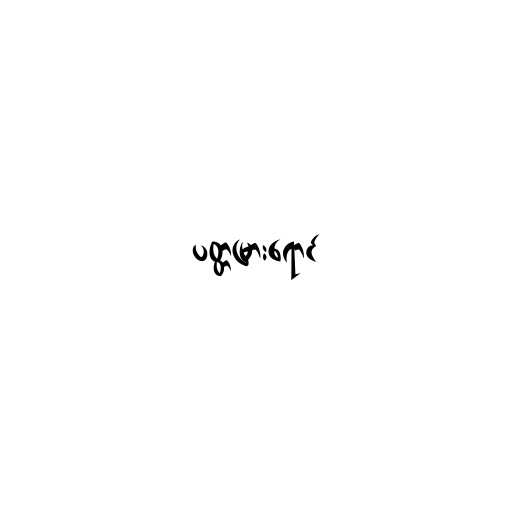
ပတ္တမြားရောင်